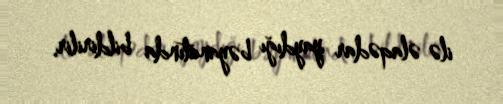
ilə əlaqədar yaydığı bəyanatında bildirilir.